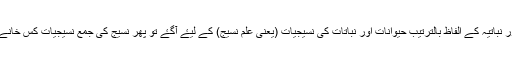
اور جب حیوانیہ اور نباتیہ کے الفاظ بالترتیب حیوانات اور نباتات کی نسیجیات (یعنی علمِ نسیج) کے لیۓ آگۓ تو پھر نسیج کی جمع نسیجیات کس خانے میں رکھی جاۓ؟